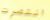
انتصرت